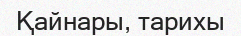
Қайнары, тарихы